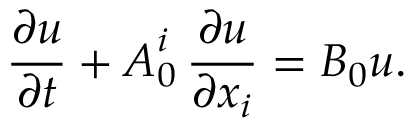
\frac { \partial { \boldsymbol { u } } } { \partial t } + { \boldsymbol { A } } _ { 0 } ^ { i } \, \frac { \partial { \boldsymbol { u } } } { \partial x _ { i } } = { \boldsymbol { B } } _ { 0 } { \boldsymbol { u } } .